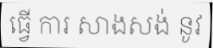
ធ្វើ ការ សាងសង់ នូវ